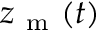
z _ { \mathrm { ~ m ~ } } ( t )